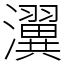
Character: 瀷